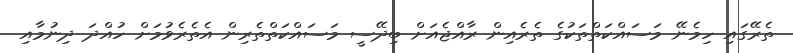
ތެރޭގައި ހިމެނޭ މަސައްކަތްތަކުގެ ތެރެއިން ރާއްޖެއަށް ބިދޭސީ މަސައްކަތްތެރިން އެތެރެވުމަށް ހުއްދަ ދިނުމާއި